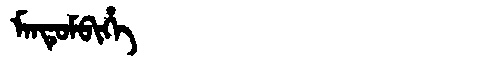
Manchu: ᠮᠠᠨᡨᡠᠮᠪᡳᡥᡝ
Romanization: MANTUMBIHE